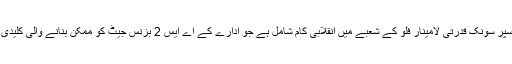
اس تحقیق میں سپر سونک قدرتی لامینار فلو کے شعبے میں انقلابی کام شامل ہے جو ادارے کے اے ایس 2 بزنس جیٹ کو ممکن بنانے والی کلیدی ٹیکنالوجی ہے۔